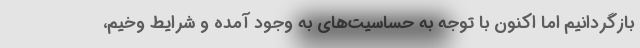
بازگردانیم اما اکنون با توجه به حساسیت‌های به وجود آمده و شرایط وخیم،